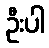
ဦးပါ